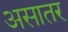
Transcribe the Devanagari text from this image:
असातर